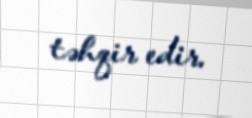
təhqir edir.